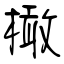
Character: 橄